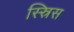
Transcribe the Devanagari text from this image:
स्स्रिस